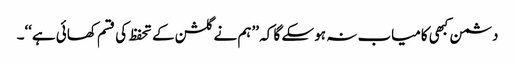
دشمن کبھی کامیاب نہ ہو سکے گا کہ ’’ہم نے گلشن کے تحفظ کی قسم کھائی ہے‘‘۔